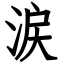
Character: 涙